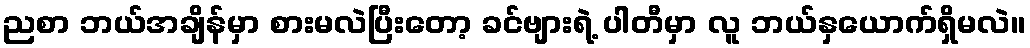
ညစာ ဘယ်အချိန်မှာ စားမလဲပြီးတော့ ခင်ဗျားရဲ့ ပါတီမှာ လူ ဘယ်နှယောက်ရှိမလဲ။